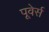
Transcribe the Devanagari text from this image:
पूवेर्स